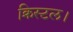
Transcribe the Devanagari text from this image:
क्रिस्टल।